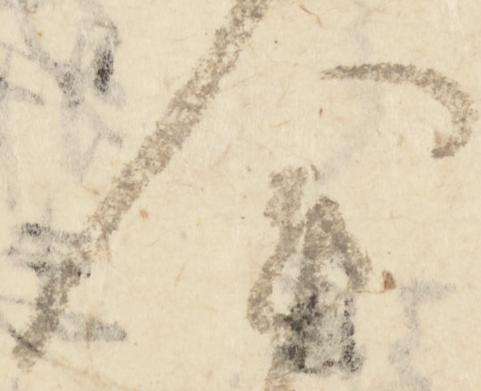
会